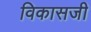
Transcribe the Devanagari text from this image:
विकासजी